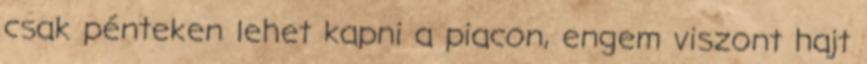
csak pénteken lehet kapni a piacon, engem viszont hajt